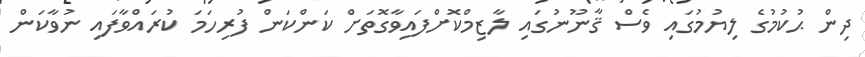
ދިން ޙުކުމުގެ ލިޔުމުގައި ވެސް ޤާނޫނުގައި ލާޒިމްކޮށްފައިވާގޮތަށް ކަންކަން ފުރިހަމަ ކުރައްވާފައި ނުވާކަން